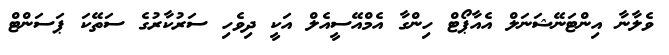
ވެލާނާ އިންޓަނޭޝަނަލް އެއާޕޯޓް ހިންގާ އެމްއޭސީއެލް އަކީ ދިވެހި ސަރުކާރުގެ ސަތޭކަ ޕަސަންޓް